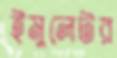
ইমুলেটর